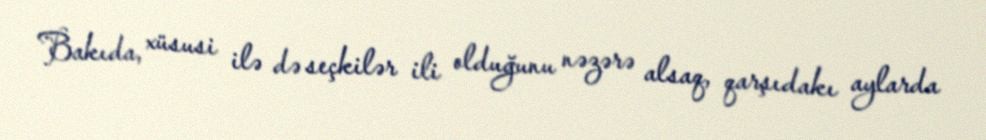
Bakıda, xüsusi ilə də seçkilər ili olduğunu nəzərə alsaq, qarşıdakı aylarda